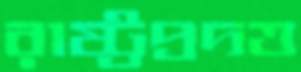
রাষ্ট্রপ্রদত্ত